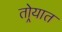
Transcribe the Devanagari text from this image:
तोर्‍यात